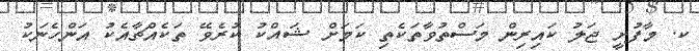
ކ. މާފުށީ ޖަލު ކައިރިން މަސްތުވާތަކެތި ކަމަށް ޝައްކު ކުރެވޭ ތަކެއްޗާއެކު އަންހެނަކު